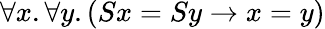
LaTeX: \forall x.\forall y.(Sx=Sy\to x=y)